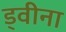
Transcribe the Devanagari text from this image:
ड्वीना